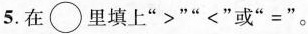
5.在\bigcirc里填上“>”“<”或“=”。